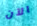
الآن